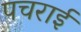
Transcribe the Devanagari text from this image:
पचराई